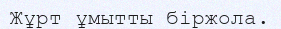
Жұрт ұмытты біржола.